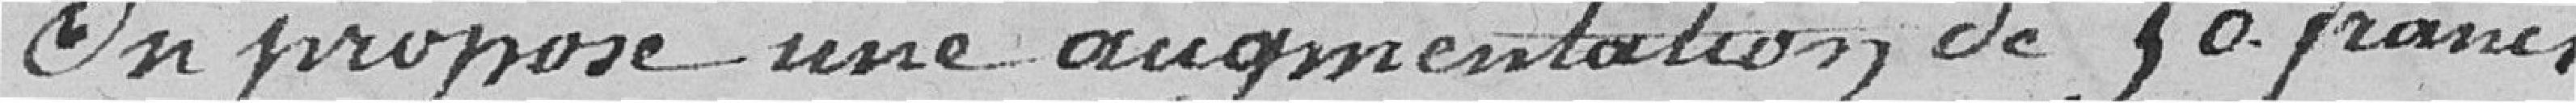
On propose une augmentation de 50. Francs